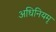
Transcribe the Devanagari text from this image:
अधिनियमृ